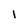
Character: 1